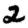
Digit: 2